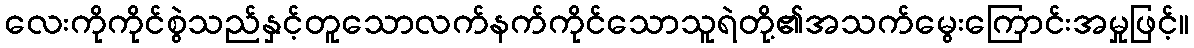
လေးကိုကိုင်စွဲသည်နှင့်တူသောလက်နက်ကိုင်သောသူရဲတို့၏အသက်မွေးကြောင်းအမှုဖြင့်။